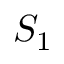
S _ { 1 }